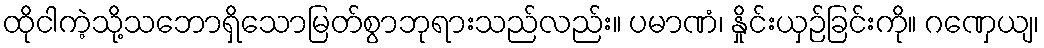
ထိုငါကဲ့သို့သဘောရှိသောမြတ်စွာဘုရားသည်လည်း။ ပမာဏံ၊ နှိုင်းယှဉ်ခြင်းကို။ ဂဏှေယျ၊